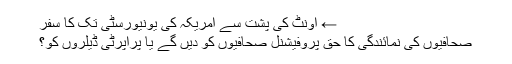
← اونٹ کی پشت سے امریکہ کی یونیورسٹی تک کا سفر
صحافیوں کی نمائندگی کا حق پروفیشنل صحافیوں کو دیں گے یا پراپرٹی ڈیلروں کو؟